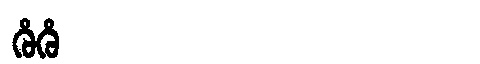
Manchu: ᡥᡠᡥᡠ
Romanization: HUHU